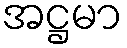
အဋ္ဌမာ